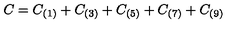
C = C _ { ( 1 ) } + C _ { ( 3 ) } + C _ { ( 5 ) } + C _ { ( 7 ) } + C _ { ( 9 ) }